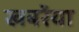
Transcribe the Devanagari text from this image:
खबरेंया